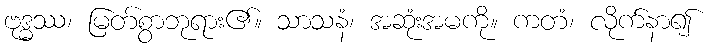
ဗုဒ္ဓဿ၊ မြတ်စွာဘုရား၏။ သာသနံ၊ အဆုံးအမကို။ ကတံ၊ လိုက်နာ၍